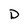
Character: D